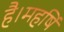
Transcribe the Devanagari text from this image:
है।महर्षि